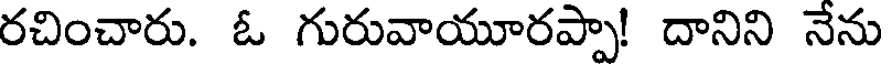
రచించారు. ఓ గురువాయూరప్పా! దానిని నేను